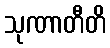
သုဏာတီတိ